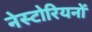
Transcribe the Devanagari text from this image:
नेस्टोरियनों